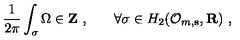
\frac 1 { 2 \pi } \int _ { \sigma } \Omega \in { \bf Z \ , \qquad } \forall \sigma \in H _ { 2 } ( { \cal O } _ { m , { \bf s } } , { \bf R } ) \ ,